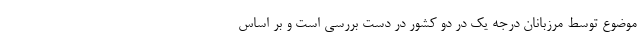
موضوع توسط مرزبانان درجه یک در دو کشور در دست بررسی است و بر اساس